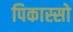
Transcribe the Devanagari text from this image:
पिकास्सो